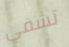
تشفي